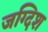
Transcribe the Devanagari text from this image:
जग्दिश